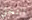
التخلي